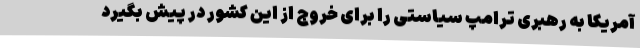
آمریکا به رهبری ترامپ سیاستی را برای خروج از این کشور در پیش بگیرد